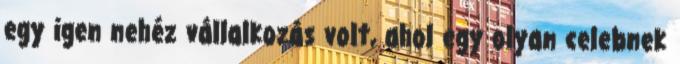
egy igen nehéz vállalkozás volt, ahol egy olyan celebnek